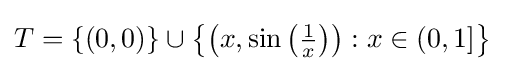
T=\{(0,0)\}\cup \left\{\left(x,\sin \left({\tfrac {1}{x}}\right)\right):x\in (0,1]\right\}